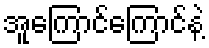
အူကြောင်ကြောင်နဲ့